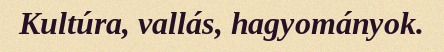
Kultúra, vallás, hagyományok.